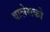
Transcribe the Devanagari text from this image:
वालेसको